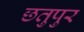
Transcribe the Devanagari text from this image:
छतुपुर